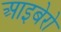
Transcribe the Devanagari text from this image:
आइबेरो